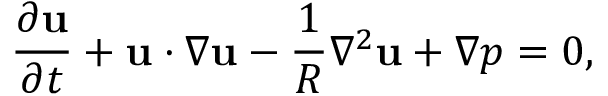
\frac { \partial \mathbf { u } } { \partial t } + \mathbf { u } \cdot \nabla \mathbf { u } - \frac { 1 } { R } \nabla ^ { 2 } \mathbf { u } + \nabla p = 0 ,